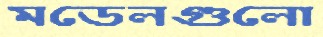
মডেলগুলো